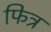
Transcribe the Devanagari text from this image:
फित्र